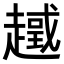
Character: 𧽮